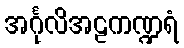
အင်္ဂုလိအဠကဏ္ဍရံ